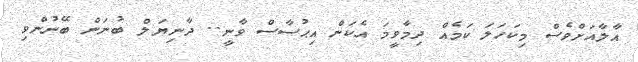
އާލާއަށްވެސް މިކަހަލަ ކަމެއް ދިމާވީމަ އެކަން އިޙުސާސް ވާނީ.. ދާނިޔަލް ބުނަން ބޭނުންވި